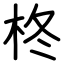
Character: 柊